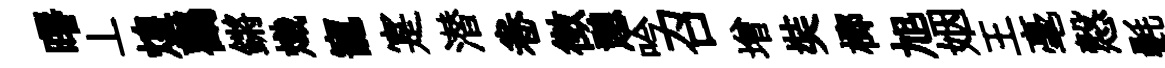
曙丄煌鸛鏘熾寵寔潜卷徴憩吟召增奘榔旭姻王毫慤㲲